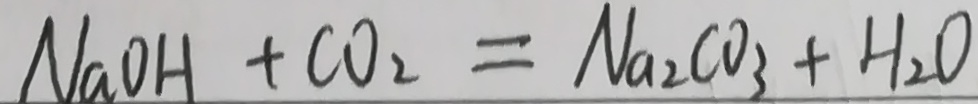
N a O H + C O _ { 2 } = N a _ { 2 } C O _ { 3 } + H _ { 2 } O